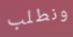
ونطلب